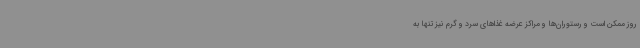
روز ممکن است و رستوران‌ها و مراکز عرضه غذاهای سرد و گرم نیز تنها به